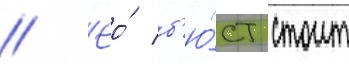
// Ео́ б'ю́ст стоит